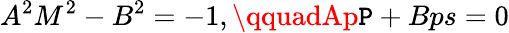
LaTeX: A^{2}M^{2}-B^{2}=-1,\qquadAp\mathtt{P}+Bps=0